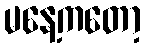
မနေ့ကတော့